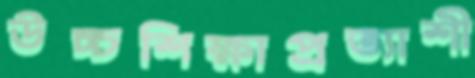
উচ্চশিক্ষাপ্রত্যাশী